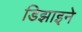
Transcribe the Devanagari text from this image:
डिझाइने